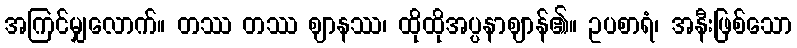
အကြင်မျှလောက်။ တဿ တဿ ဈာနဿ၊ ထိုထိုအပ္ပနာဈာန်၏။ ဥပစာရံ၊ အနီးဖြစ်သော